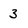
Character: 3